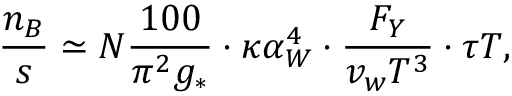
{ \frac { n _ { B } } { s } } \simeq { \cal N } { \frac { 1 0 0 } { \pi ^ { 2 } g _ { * } } } \cdot \kappa \alpha _ { W } ^ { 4 } \cdot { \frac { F _ { Y } } { v _ { w } T ^ { 3 } } } \cdot \tau T ,